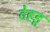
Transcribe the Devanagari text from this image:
देहडू